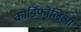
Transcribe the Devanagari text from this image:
कोर्डिफोलिआ